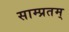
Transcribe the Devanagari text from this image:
साम्प्रतम्